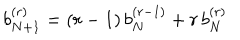
LaTeX: b _ { N + 1 } ^ { ( r ) } = ( r - 1 ) \, b _ { N } ^ { ( r - 1 ) } + r \, b _ { N } ^ { ( r ) }